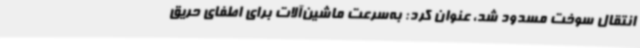
انتقال سوخت مسدود شد، عنوان کرد: به‌سرعت ماشین‌آلات برای اطفای حریق